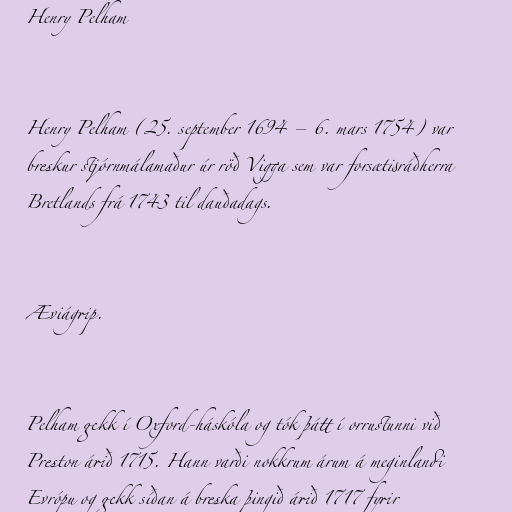
Henry Pelham

Henry Pelham (25. september 1694 – 6. mars 1754) var
breskur stjórnmálamaður úr röð Vigga sem var forsætisráðherra
Bretlands frá 1743 til dauðadags.

Æviágrip.

Pelham gekk í Oxford-háskóla og tók þátt í orrustunni við
Preston árið 1715. Hann varði nokkrum árum á meginlandi
Evrópu og gekk síðan á breska þingið árið 1717 fyrir